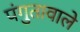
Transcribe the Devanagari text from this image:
पंगुतावाले